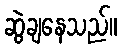
ဆွဲချနေသည်။